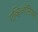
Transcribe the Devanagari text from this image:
एव्हिऑनिक्स